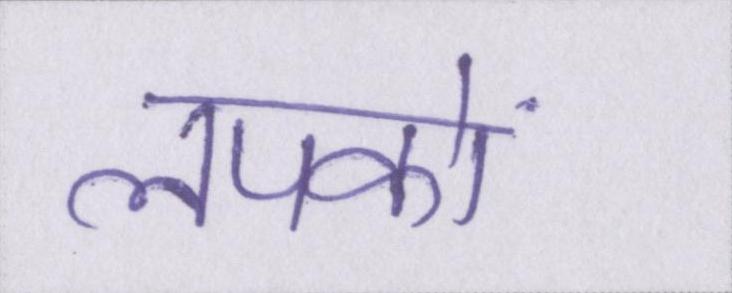
लपकाें